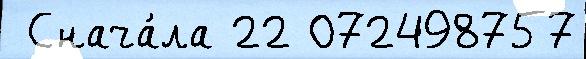
 Снача́ла 22 072498757